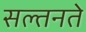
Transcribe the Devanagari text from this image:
सल्तनते